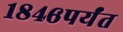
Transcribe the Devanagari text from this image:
१८४६पर्यंत